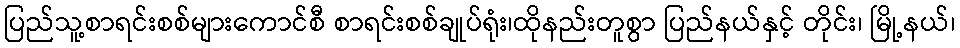
ပြည်သူ့စာရင်းစစ်များကောင်စီ စာရင်းစစ်ချုပ်ရုံး၊ထိုနည်းတူစွာ ပြည်နယ်နှင့် တိုင်း၊ မြို့နယ်၊